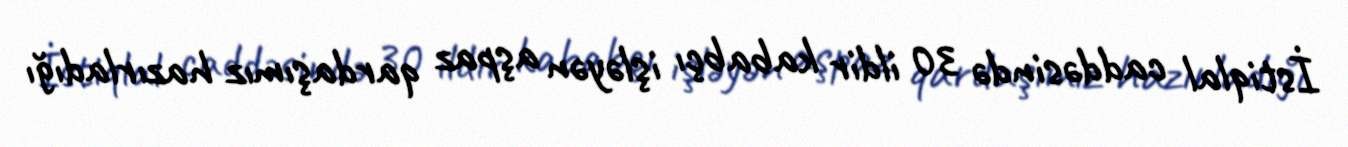
İstiqlal caddəsində 30 ildir kababçı işləyən aşpaz qardaşımız hazırladığı